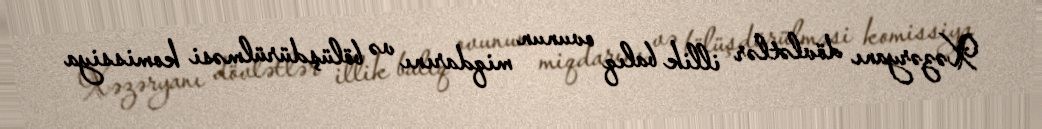
Xəzəryanı dövlətlər illik balıq ovunun miqdarını və bölüşdürülməsi komissiya